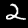
Label: 2